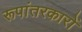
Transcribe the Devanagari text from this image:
रूपांतरकारों